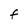
Character: F